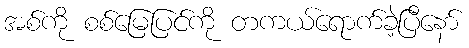
အစ်ကို စစ်မြေပြင်ကို တကယ်ရောက်ခဲ့ပြီနော်